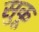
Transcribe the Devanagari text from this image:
सुकू